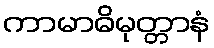
ကာမာဓိမုတ္တာနံ